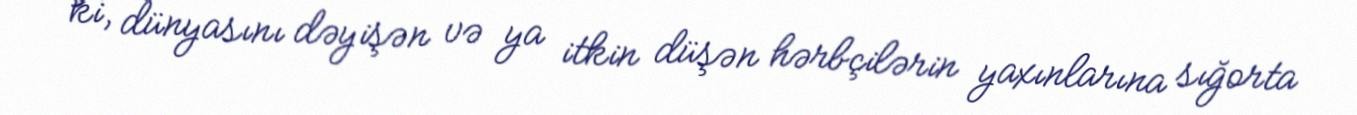
ki, dünyasını dəyişən və ya itkin düşən hərbçilərin yaxınlarına sığorta